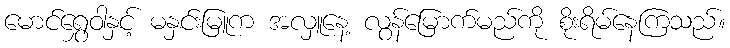
မောင်ရွှေဝါနှင့် မနှင်းမြူက အလှူနေ့ လွန်မြောက်မည်ကို စိုးရိမ်နေကြသည်။